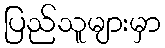
ပြည်သူများမှာ